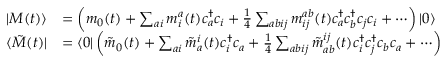
\begin{array} { r l } { \vert { M ( t ) } \rangle } & { = \left( m _ { 0 } ( t ) + \sum _ { a i } m _ { i } ^ { a } ( t ) c _ { a } ^ { \dagger } c _ { i } + \frac { 1 } { 4 } \sum _ { a b i j } m _ { i j } ^ { a b } ( t ) c _ { a } ^ { \dagger } c _ { b } ^ { \dagger } c _ { j } c _ { i } + \cdots \right) \vert { 0 } \rangle } \\ { \langle { \tilde { M } ( t ) } \vert } & { = \langle { 0 } \vert \left( \tilde { m } _ { 0 } ( t ) + \sum _ { a i } \tilde { m } _ { a } ^ { i } ( t ) c _ { i } ^ { \dagger } c _ { a } + \frac { 1 } { 4 } \sum _ { a b i j } \tilde { m } _ { a b } ^ { i j } ( t ) c _ { i } ^ { \dagger } c _ { j } ^ { \dagger } c _ { b } c _ { a } + \cdots \right) } \end{array}